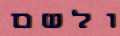
ולשם